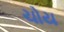
ચોય